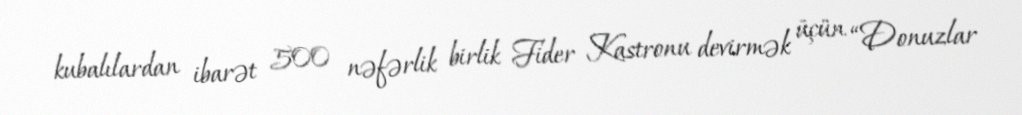
kubalılardan ibarət 500 nəfərlik birlik Fider Kastronu devirmək üçün “Donuzlar